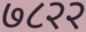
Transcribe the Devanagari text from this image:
७८२२